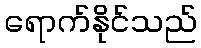
ရောက်နိုင်သည်